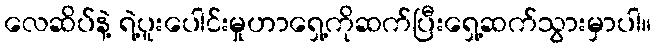
လေဆိပ်နဲ့ ရဲ့ပူးပေါင်းမှုဟာရှေ့ကိုဆက်ပြီးရှေ့ဆက်သွားမှာပါ။